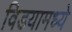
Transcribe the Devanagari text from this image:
विडयामध्ये